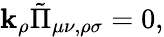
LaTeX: \mathbf{k}_{\rho}\tilde{{\Pi}}_{\mu\nu,\rho\sigma}=0,